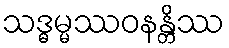
သဒ္ဓမ္မဿဝနန္တိဿ